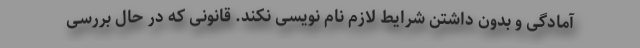
آمادگی و بدون داشتن شرایط لازم نام نویسی نکند. قانونی که در حال بررسی